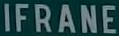
IFRANE